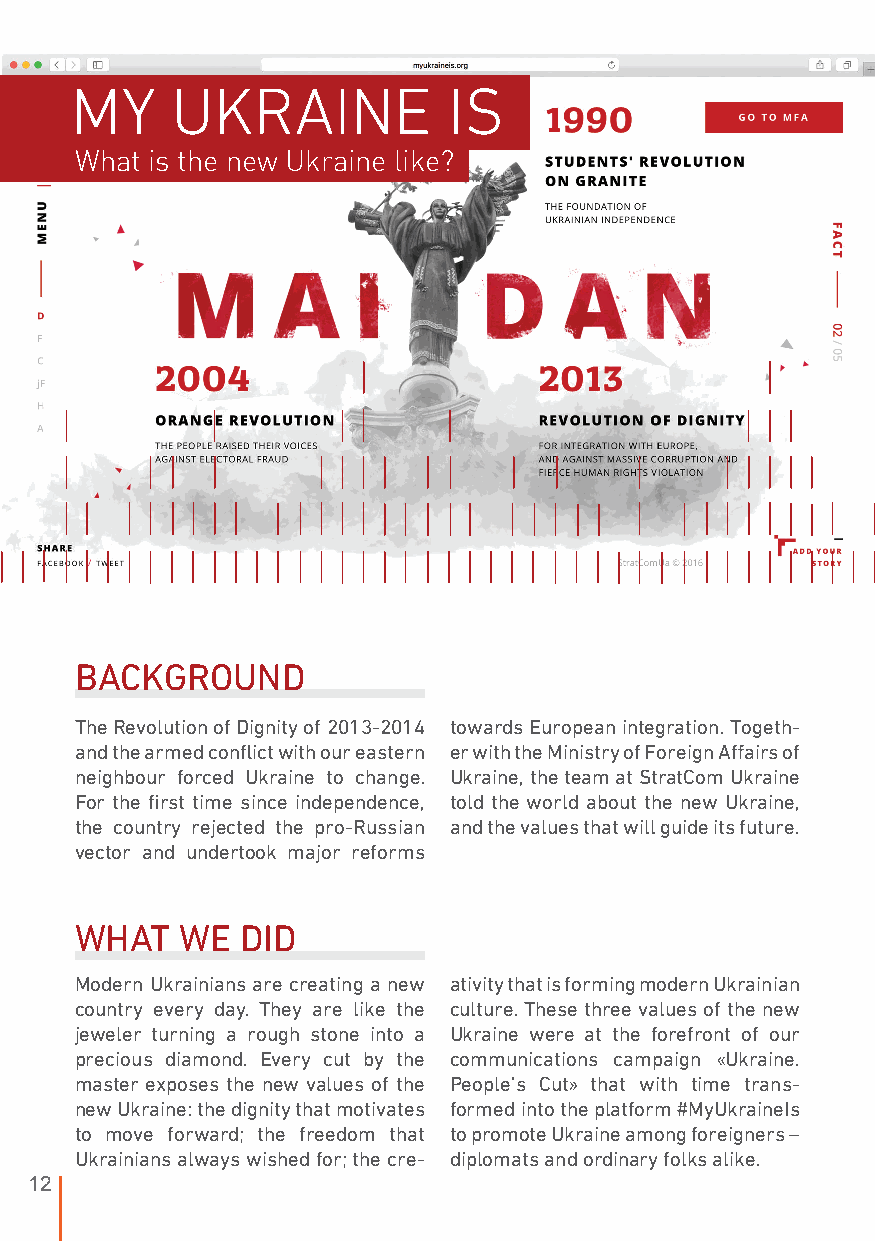
MY    UKRAINE            IS
 What is the new Ukraine like?
 BACKGROUND
 The Revolution of Dignity of 2013-2014 towards European integration. Togeth-
 and the armed conflict with our eastern er with the Ministry of Foreign Affairs of
 neighbour forced Ukraine to change. Ukraine, the team at StratCom Ukraine
 For the first time since independence, told the world about the new Ukraine,
 the country rejected the pro-Russian and the values that will guide its future.
 vector and undertook major reforms
 WHAT   WE  DID
 Modern Ukrainians are creating a new ativity that is forming modern Ukrainian
 country every day. They are like the culture. These three values of the new
 jeweler turning a rough stone into a Ukraine were at the forefront of our
 precious diamond. Every cut by the communications campaign «Ukraine.
 master exposes the new values of the People’s Cut» that with time trans-
 new Ukraine: the dignity that motivates formed into the platform #MyUkraineIs
 to move forward; the freedom that to promote Ukraine among foreigners –
 Ukrainians always wished for; the cre- diplomats and ordinary folks alike.
 12